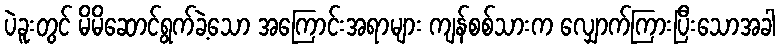
ပဲခူးတွင် မိမိဆောင်ရွက်ခဲ့သော အကြောင်းအရာများ ကျန်စစ်သားက လျှောက်ကြားပြီးသောအခါ